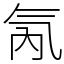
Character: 氝